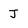
Character: J